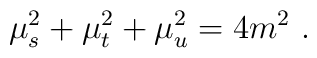
\mu^2_s+\mu^2_t+\mu^2_u=4m^2 \ .